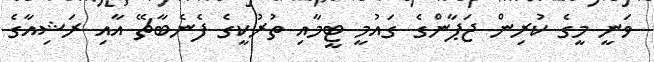
ވަނީ މީގެ ކުރިން ޖަޕާންގެ ގައުމީ ޓީމާއި ތުރުކީގެ ފެނެބާޗޭ އާއި ރަޝިއާގެ